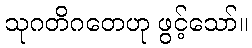
သုဂတိဂတေဟု ဖွင့်သော်။